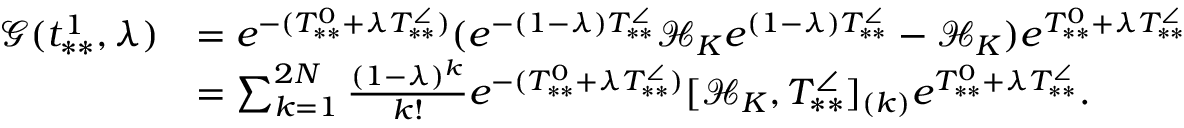
\begin{array} { r l } { \mathcal { G } ( t _ { * * } ^ { 1 } , \lambda ) } & { = e ^ { - ( T _ { * * } ^ { 0 } + \lambda T _ { * * } ^ { \angle } ) } ( e ^ { - ( 1 - \lambda ) T _ { * * } ^ { \angle } } \mathcal { H } _ { K } e ^ { ( 1 - \lambda ) T _ { * * } ^ { \angle } } - \mathcal { H } _ { K } ) e ^ { T _ { * * } ^ { 0 } + \lambda T _ { * * } ^ { \angle } } } \\ & { = \sum _ { k = 1 } ^ { 2 N } \frac { ( 1 - \lambda ) ^ { k } } { k ! } e ^ { - ( T _ { * * } ^ { 0 } + \lambda T _ { * * } ^ { \angle } ) } [ \mathcal { H } _ { K } , T _ { * * } ^ { \angle } ] _ { ( k ) } e ^ { T _ { * * } ^ { 0 } + \lambda T _ { * * } ^ { \angle } } . } \end{array}